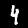
Digit: 4